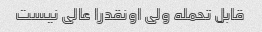
قابل تحمله ولی اونقدرا عالی نیست